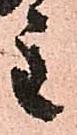
主